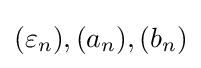
(\varepsilon _{n}),(a_{n}),(b_{n})